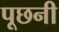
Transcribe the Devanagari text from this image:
पूछनी